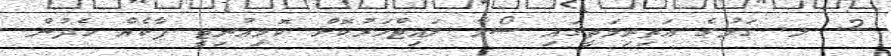
2. ލ. ގަމުގެ އަތިރިމަތީގައި ސޯލާ ލައިޓްހަރުކޮށް ކޮމިއުނިޓީ ޕާކެއް ހެދުން